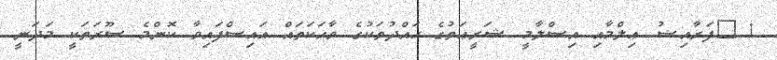
1.	ފަރާއިޟު ޢިލްމާއި އިސްލާމީ ޝަރީޢަތުގެ ޙައްދުތަކުގެ ވާހަކަތައް އައިސްފައިވާ ކޮންމެ ސޫރަތަކީ މަދަނީ